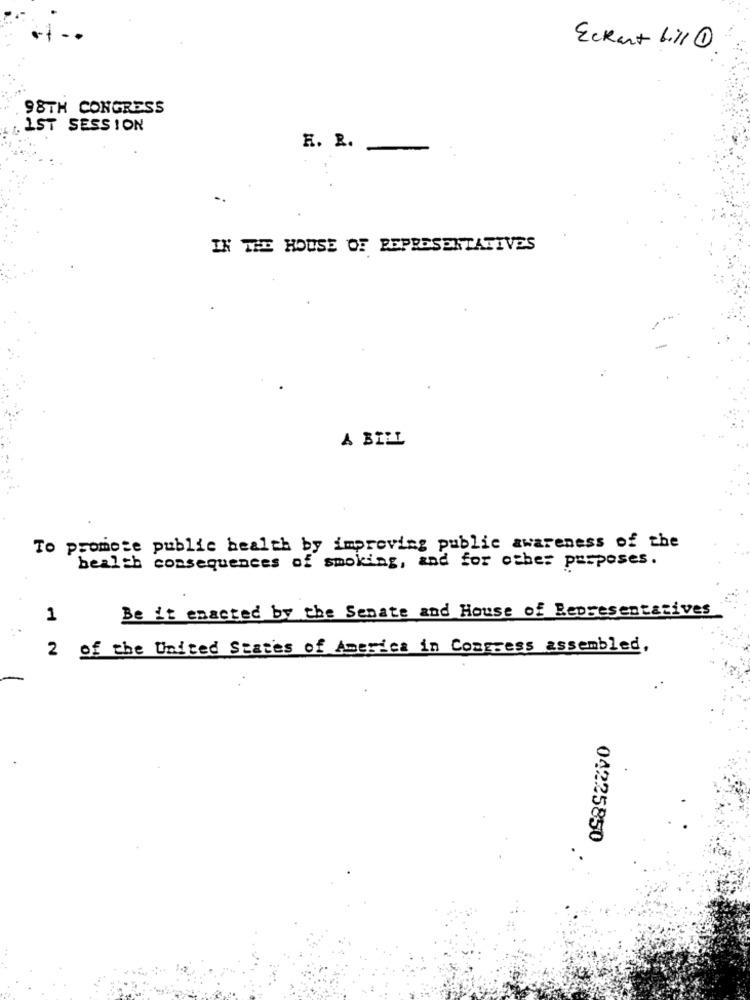
Eckart bill 1
98TH CONGRESS
IST SESSION
H. R.
IN THE HOUSE OF REPRESENTATIVES
A BILL
To promote public health by improving public awareness of the
health consequences of smoking, and for other purposes.
Be it enacted by the Senate and House of Representatives
1
2 of the United States of America in Congress assembled,
04225850